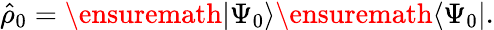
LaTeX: \begin{array}{r}{\hat{\rho}_{0}=\ensuremath{\vert\Psi_{0}\rangle}\ensuremath{\langle\Psi_{0}\vert}.}\end{array}